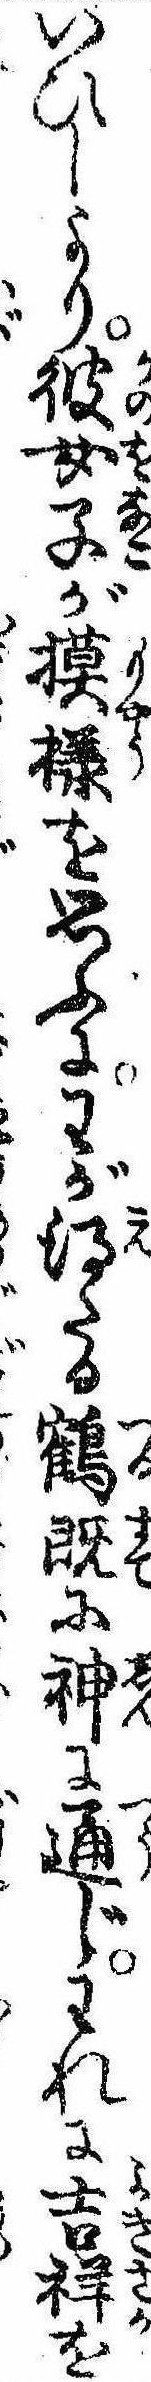
いひしより彼女子が摸様を思ふにわが得たる鶴既に神に通じわれに吉祥を